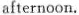
afternoon.